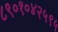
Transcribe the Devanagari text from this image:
८९०१०४२५९५